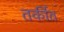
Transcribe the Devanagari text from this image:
तर्कीत